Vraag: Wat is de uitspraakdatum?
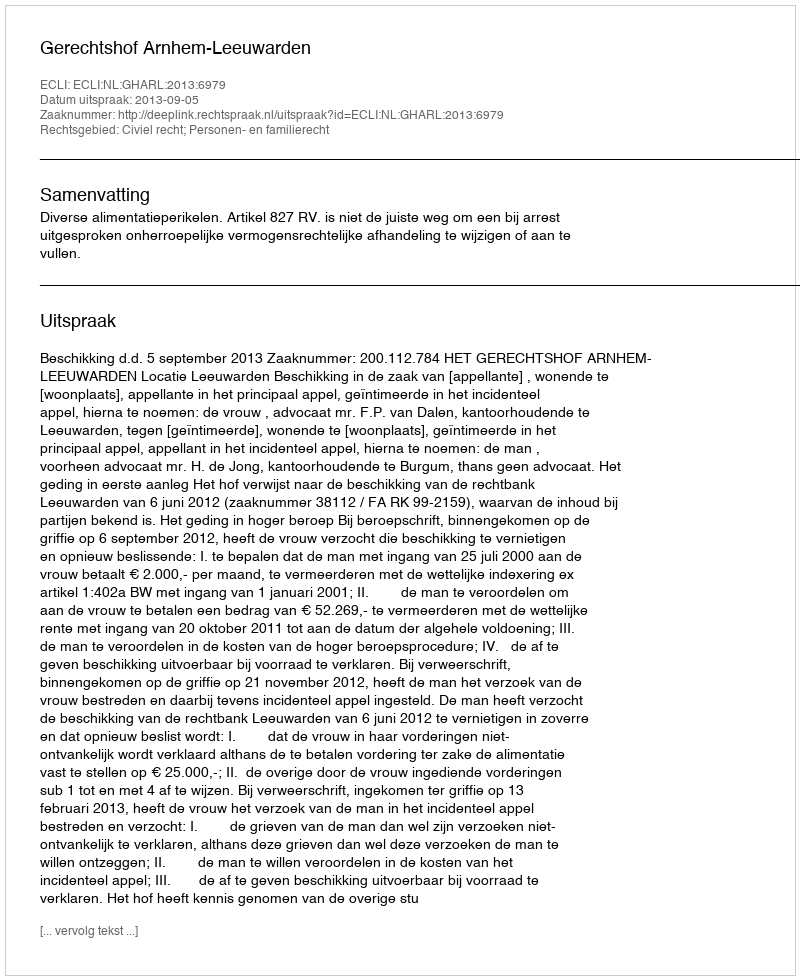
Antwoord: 2013-09-05